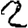
Digit: 2